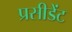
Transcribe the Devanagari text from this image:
प्रसीडेंट